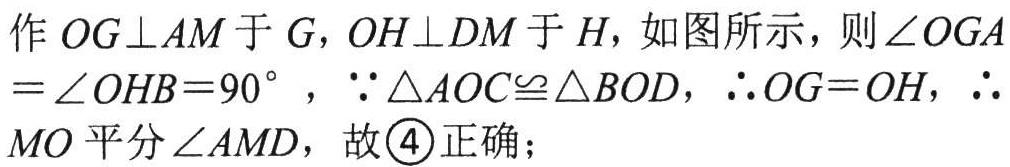
作 \(OG\perp AM\) 于 \(G\)，\(OH\perp DM\) 于 \(H\)，如图所示，则 \(\angle OGA=\angle OHB = 90^{\circ}\)，\(\because\triangle AOC\cong\triangle BOD\)，\(\therefore OG = OH\)，\(\therefore MO\) 平分 \(\angle AMD\)，故 \textcircled{4} 正确；